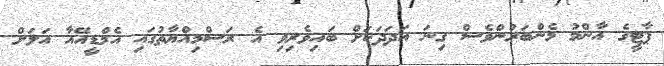
ޕާޓީގެ އާންމު މެންބަރުންވެސް ގިނަ އަދަދަކަށް ބައިވެރިވި އެ ރަސްމިއްޔާތުގައި އެމްޑީއޭއާ އަލަށް